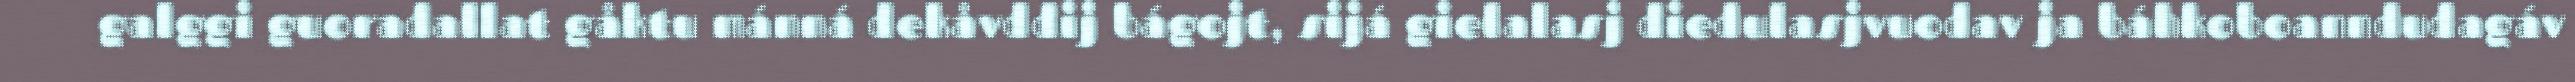
galggi guoradallat gåktu mánná dekåvddij bágojt, sijá gielalasj diedulasjvuodav ja báhkoboanndudagáv